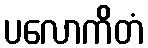
ပလောကိတံ